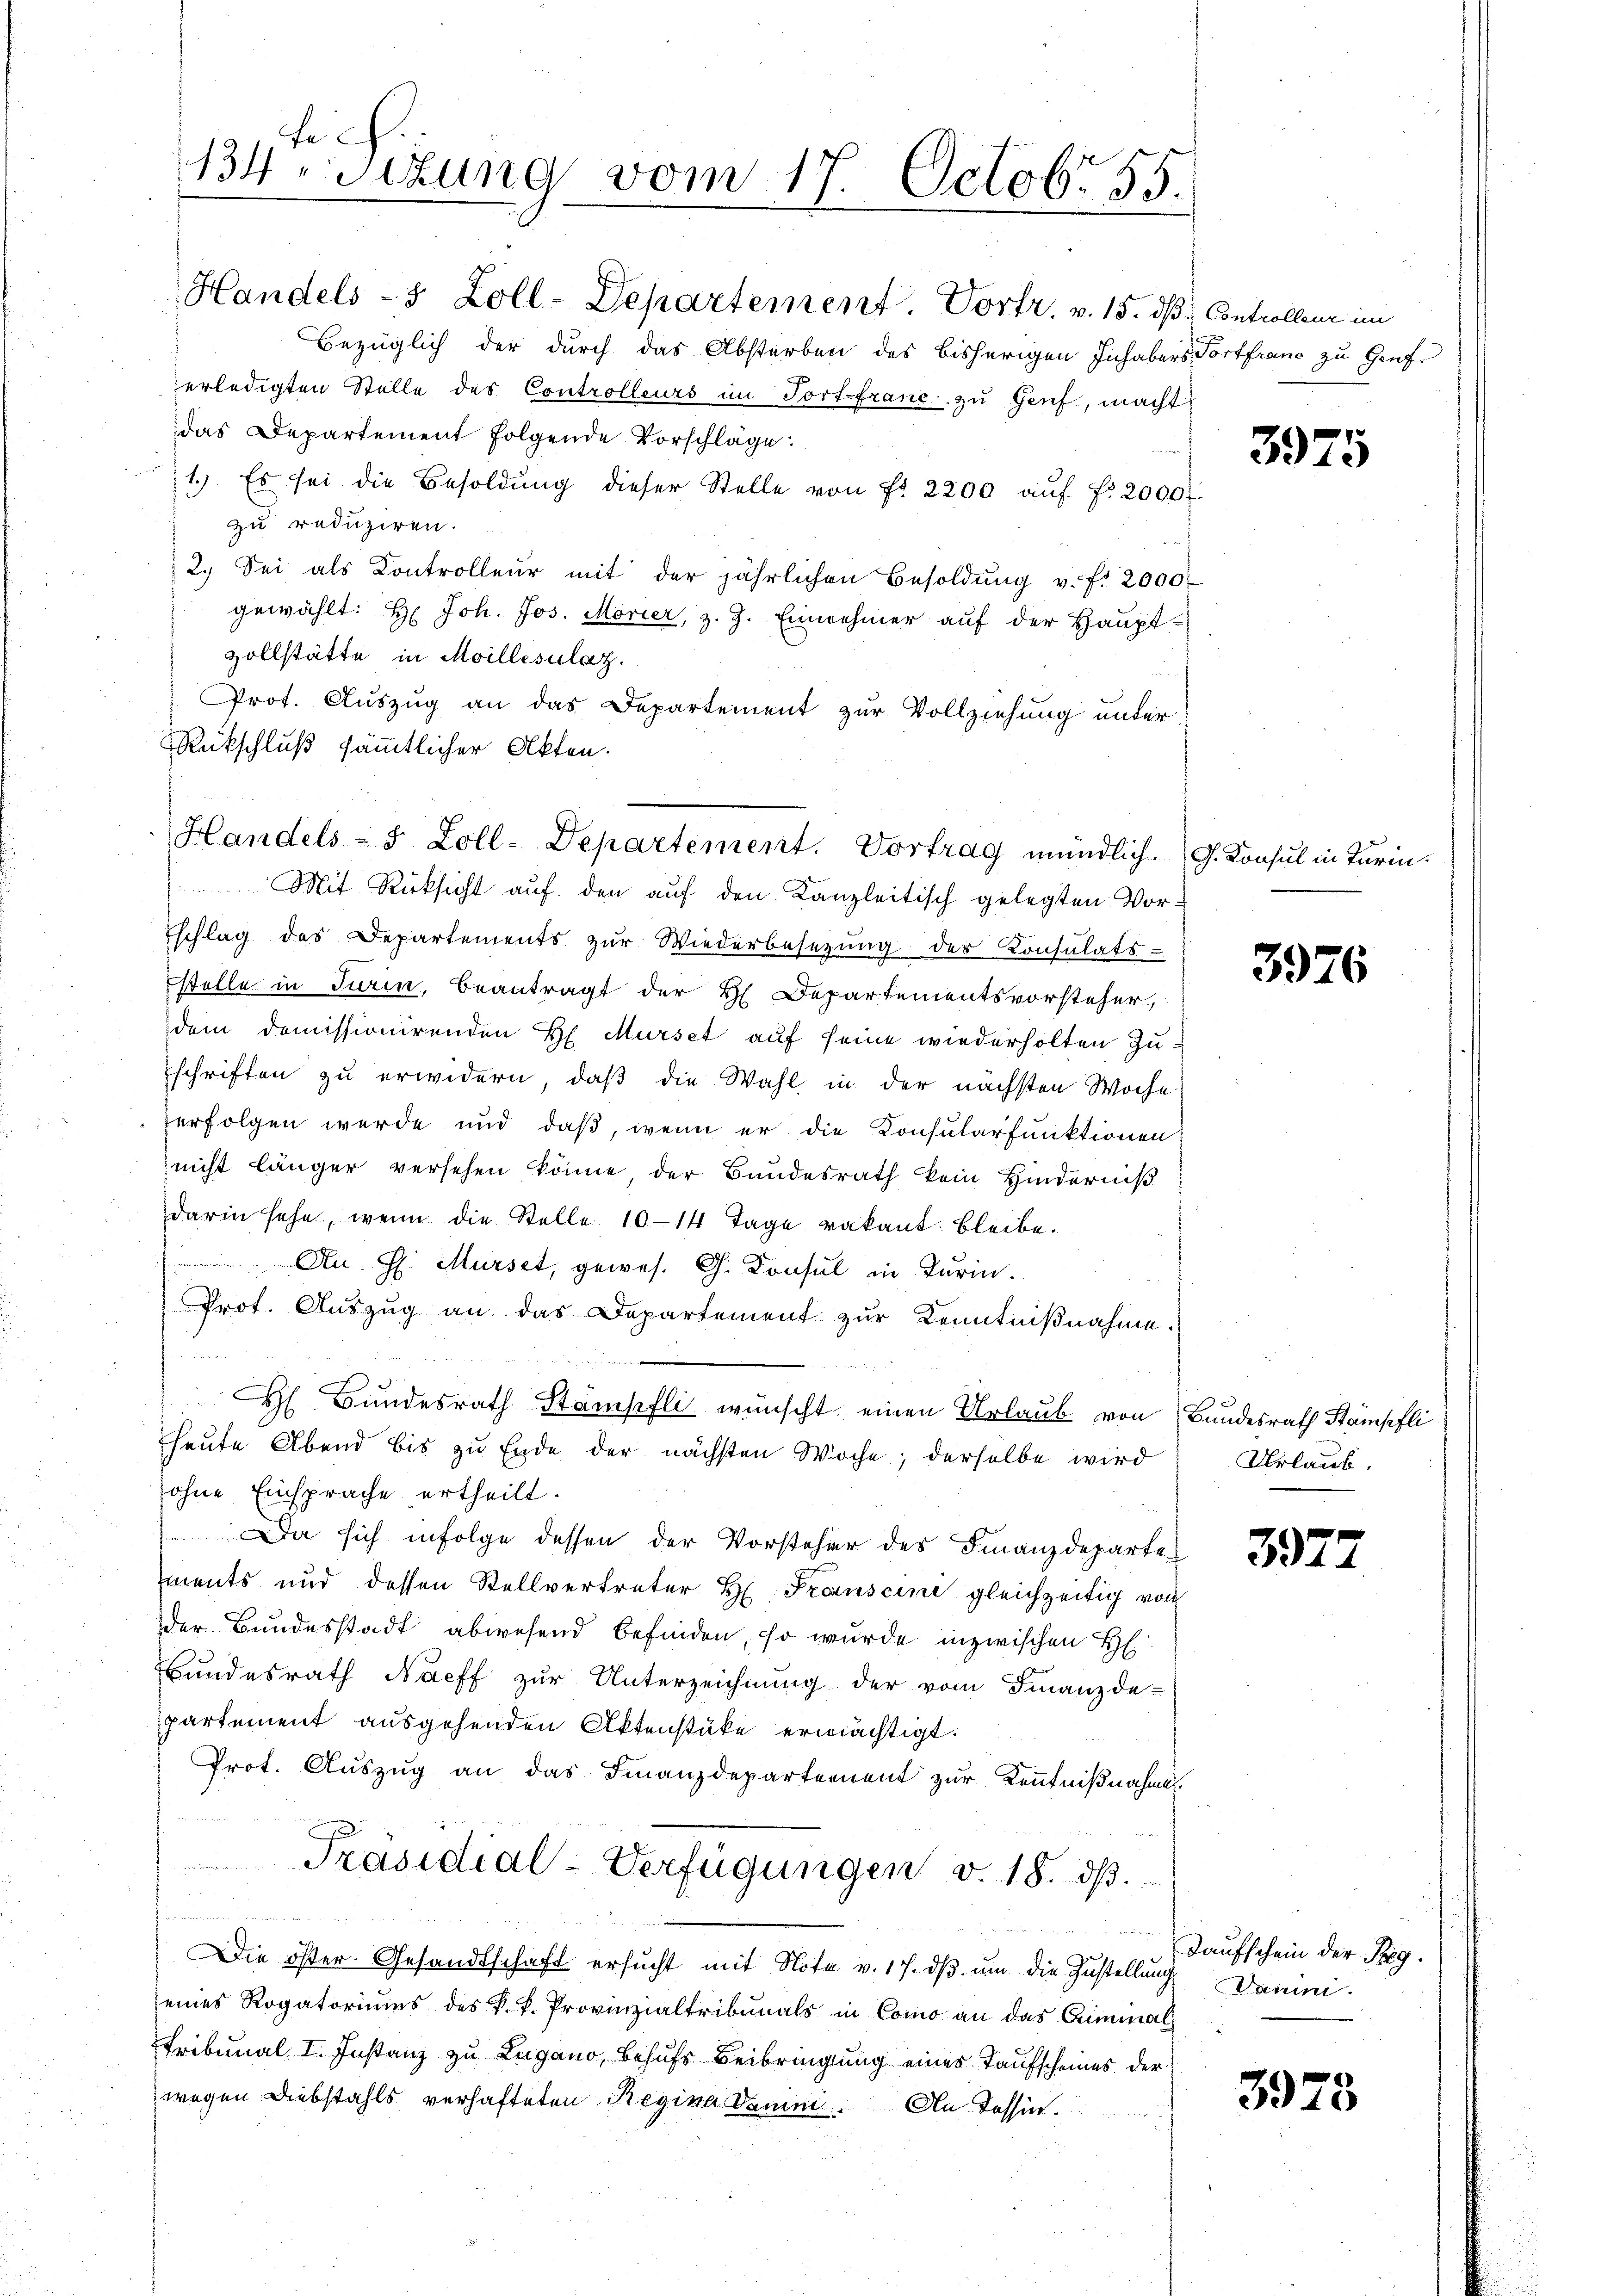
Handels - 5 Zoll-Departement. Vortr. v. 15. dβ, Controllenz im
Bezüglich der durch das Absterben des bisherigen Inhabers Torffranc zu Genf
erledigten Stelle des Controlleurs im Tortefranc zu Genf, macht
das Departement folgende Vorschläge:
1.) Es sei die Besoldung dieser Stelle von Fr. 2200 aŭf fr. 2000
zu reduziren.
2. Sei als Kontrolleur mit der jährlichen Besoldŭng v. fr. 2000
gewählt: H: Joh. Jos. Morier, z. Z. Einnehmer auf der Haupt-
zollstätte in Moillesulaz.
Prot. Auszug an das Departement zur Vollziehung unter
Rückschluß sämmtlicher Akten.
Mit Rücksicht aŭf den aŭf den Kanzleitisch gelegten Vor¬
Eschlag des Departements zur Wiederbesezung der Konsulats-
stelle in Turin, beantragt der H. Departementsvorsteher,
dem domissionirenden H. Mürset aŭf seine wiederholten Zuschriften zu erwidern, daß die Wahl in der nächsten Woche
erfolgen werde und daß, wenn er die Konsularfunktionen
nicht länger versehen könne, der Bundesrath kein Hinderniß
darin sehe, wenn die Stelle 10–14 Tage vakant. Bleibe.
An H. Mürset, gewes. G. Konsul in Turin.
Prot. Aŭszŭg an das Departement zur Kenntniβnahme:
 Bundesrath Stämpfli wünscht einen Urlaub von Bundesrath Stämpfli
heute Abend bis zu Ende der nächsten Woche; derselbe wird
ohne Einsprache ertheilt.
Da sich infolge dessen der Vorsteher des Finanzdeparten
ments und dessen Stellvertreter H. Transcine gleichzeitig von
der Bundesstadt abwesend befinden, so wurde inzwischen H:
Bundesrath Harff zŭr Unterzeichnŭng der vom Finanzde-
partement ausgehenden Aktenstüke ermächtigt.
Prot. Auszug an das Finanzdepartement zur Kenntnißnahmen.
e i
Präsidial-Verfügungen v. 18. ds.
.
e
Die öster Gesandtschaft ersucht mit Note v. 17. dβ um die Zustellung Damei-
eines Rogatoriums des k. k. Provinzialtribunals in Como an das Criminal
Tribunal I. Instanz zu Lugano, Behufs Beibringung eines Taufscheines der
wegen Diebstahls verhafteten Regina Damei. An Tessin.

t c.
134. Sitzung vom 17. Octobr. 155.

Handels- 5 Zoll-Departement. Vortrag mündlich.

3975

J. Konsul in Turin.

3976

Urlaub.

392.

Daufschein der Reg.

3978